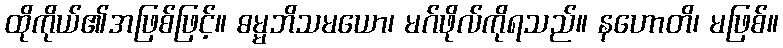
ထိုကိုယ်၏အဖြစ်ဖြင့်။ ဓမ္မဘိသမယော၊ မဂ်ဖိုလ်ကိုရသည်။ နဟောတိ၊ မဖြစ်။